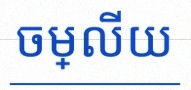
ចម្លើយ